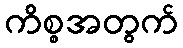
ကိစ္စအတွက်